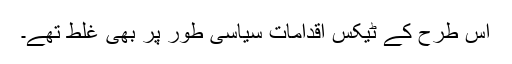
اس طرح کے ٹیکس اقدامات سیاسی طور پر بھی غلط تھے۔